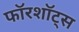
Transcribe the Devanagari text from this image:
फॉरशॉट्स